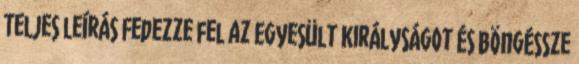
Teljes leírás Fedezze fel az Egyesült Királyságot és böngéssze